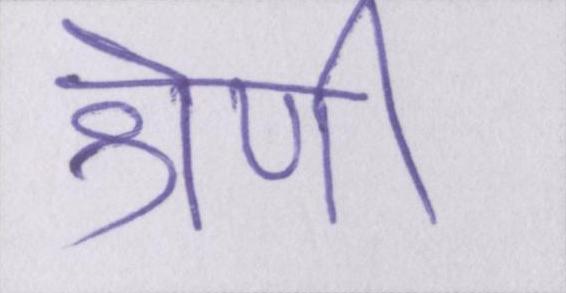
श्रेणी